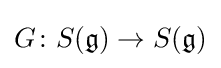
G\colon S({\mathfrak {g}})\to S({\mathfrak {g}})